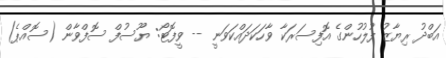
އަބްދު ރިޔާޒު ފުލުހުންގެ އޮފިސަރަކާ ވާހަކަދައްކަވަނީ -- ވީފޮޓޯ: ޔޫސުފް ސޮފްވާން (ސޮއްޕެ)